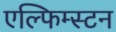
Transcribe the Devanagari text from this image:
एल्फिम्स्टन